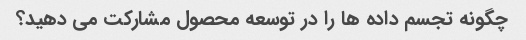
چگونه تجسم داده ها را در توسعه محصول مشارکت می دهید؟